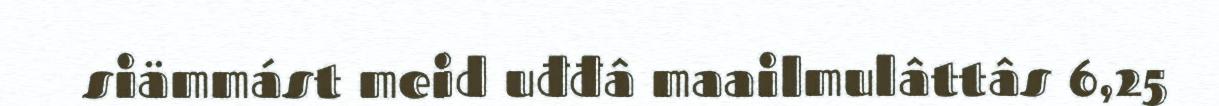
siämmást meid uđđâ maailmulâttâs 6,25